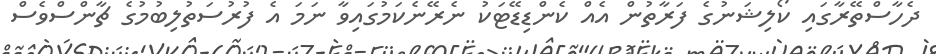
ދެހާސްތޭރާގައި ކޯލިޝަނުގެ ފަރާތުން އެއް ކެންޑިޑޭޓަކު ނެރޭނެކަމުގައިވާ ނަމަ އެ ފުރުސަތުލިބުމުގެ ޗާންސްވެސް